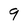
Character: 9